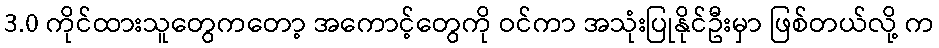
3.0 ကိုင်ထားသူတွေကတော့ အကောင့်တွေကို ဝင်ကာ အသုံးပြုနိုင်ဦးမှာ ဖြစ်တယ်လို့ က